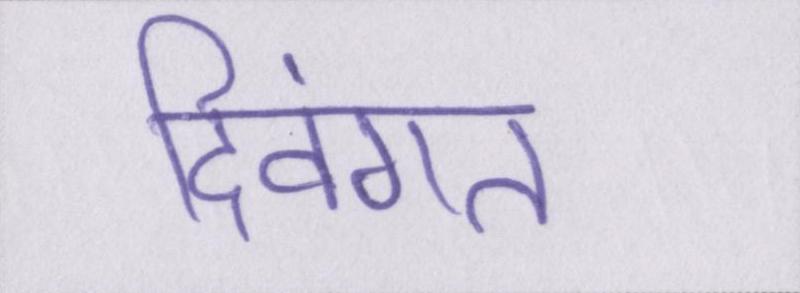
दिवंगत